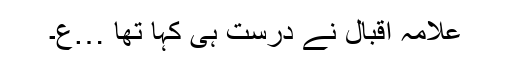
علامہ اقبال نے درست ہی کہا تھا …ع۔